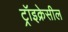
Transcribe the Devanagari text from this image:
ट्रॉइक्रेसील